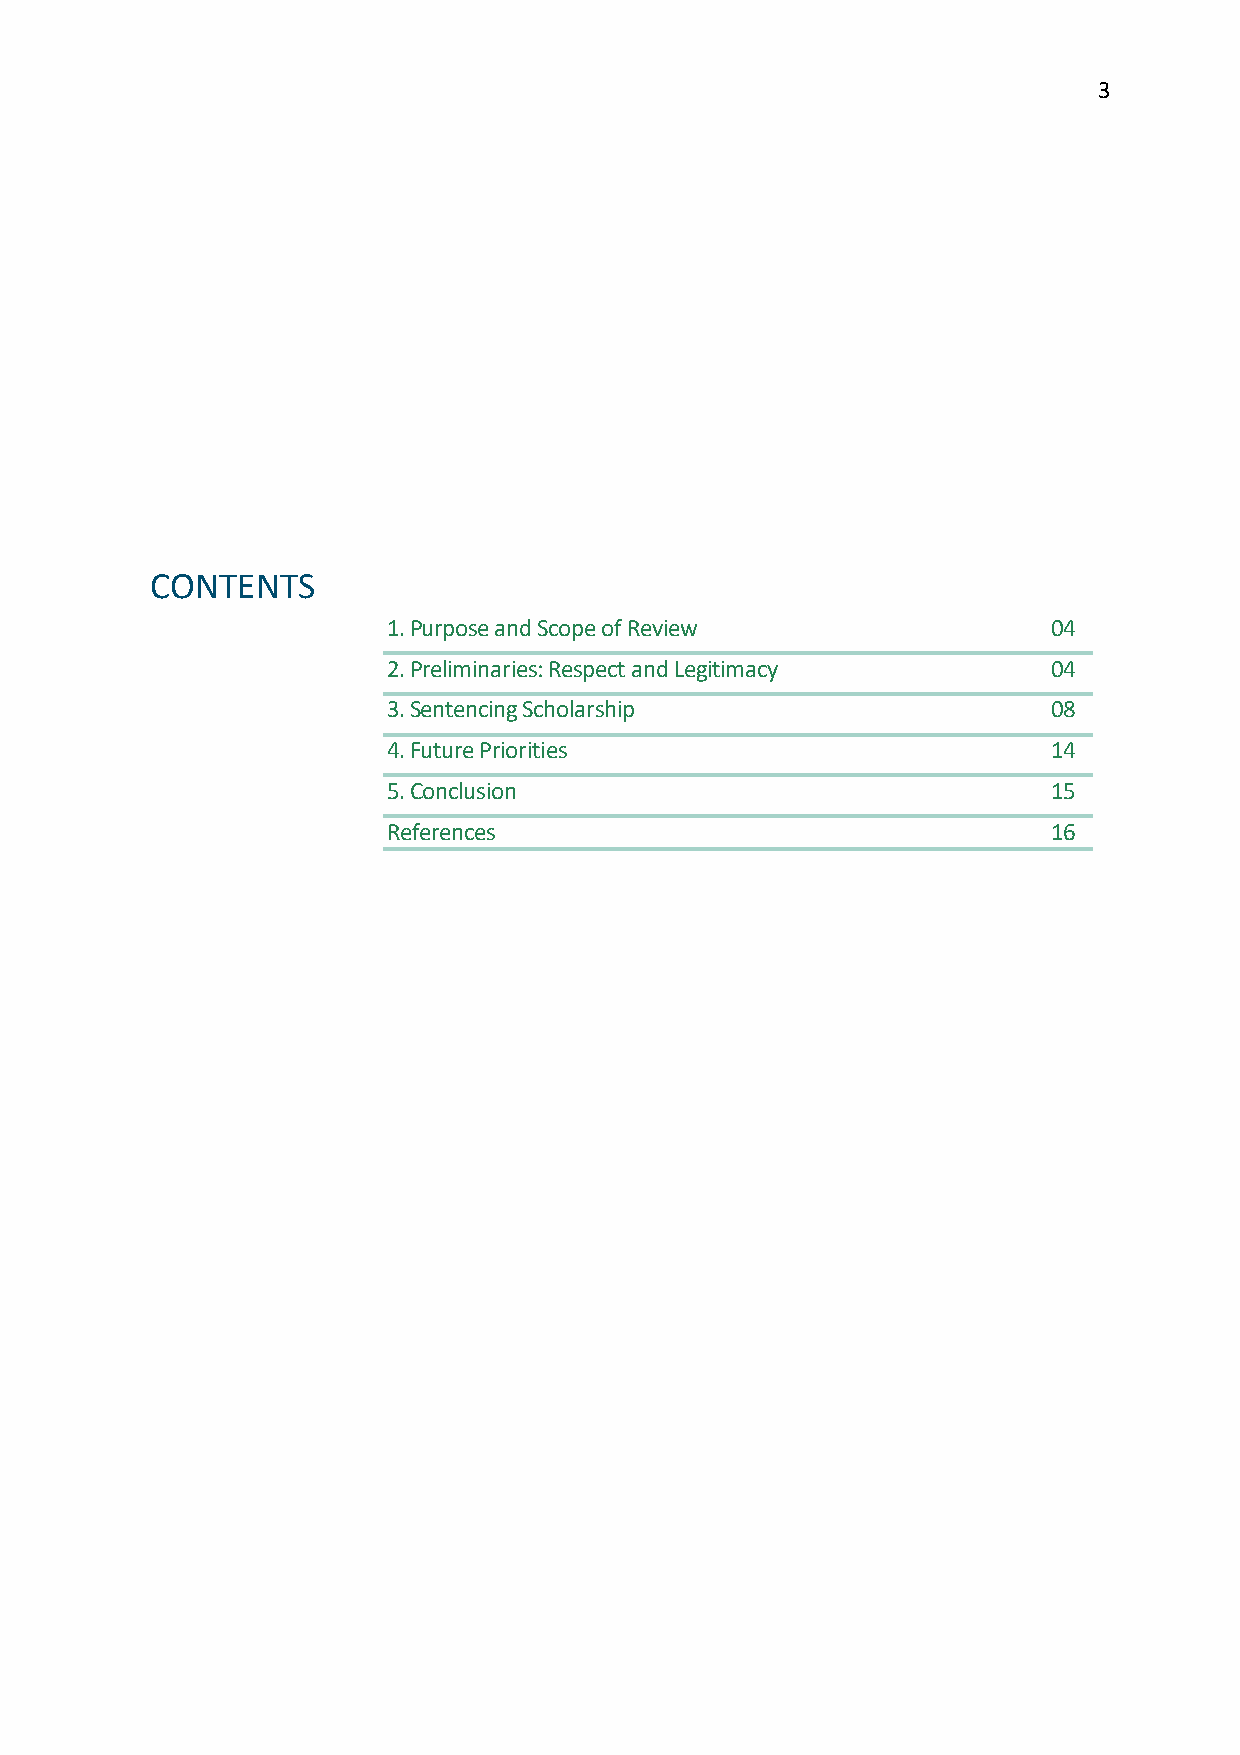
3
 CONTENTS
 1. Purpose and Scope of Review              04
 2. Preliminaries: Respect and Legitimacy    04
 3. Sentencing Scholarship                   08
 4. Future Priorities                        14
 5. Conclusion                               15
 References                                  16